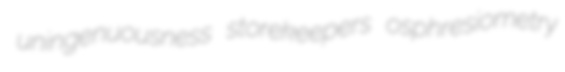
uningenuousness storekeepers osphresiometry